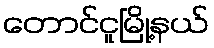
တောင်ငူမြို့နယ်